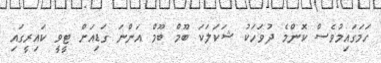
ހަމަގައިމުވެސް ކޮންމެ ދުވަހަކު ޝަކަލަކަ ބޫމް ބޫމް އަންނަ ގަޑިއަށް ޓީވީ ކައިރީގައި